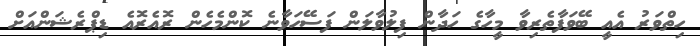
ހިތްވަރު އެއީ ބޭވަފާތެރިވާ މީހާގެ ހަދާން ފިލުވާލަން ފަސޭހަވާނެ ކޮންމެހެން ރޮއެރޮއެ ޑިޕްރެޝަންއަށް